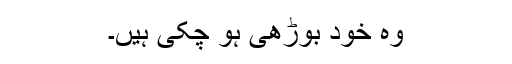
وہ خود بوڑھی ہو چکی ہیں۔